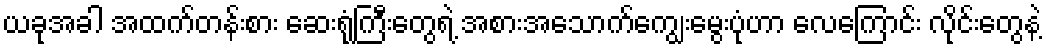
ယခုအခါ အထက်တန်းစား ဆေးရုံကြီးတွေရဲ့ အစားအသောက်ကျွေးမွေးပုံဟာ လေကြောင်း လိုင်းတွေနဲ့